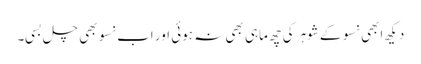
دیکھ ابھی نسو کے شوہر کی چھ ماہی بھی نہ ہوئی اور اب نسو بھی چل بسی۔